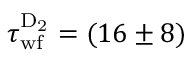
\tau _ { \mathrm { w f } } ^ { \mathrm { D _ { 2 } } } = ( 1 6 \pm 8 )